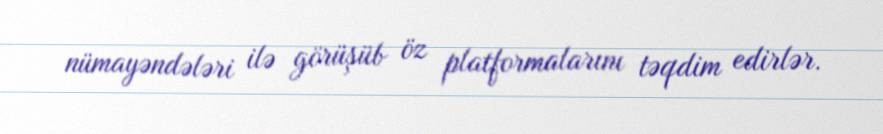
nümayəndələri ilə görüşüb öz platformalarını təqdim edirlər.